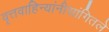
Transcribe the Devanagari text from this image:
वृत्तवाहिन्यांनीसांगितले